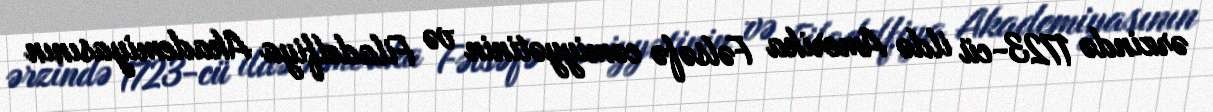
ərzində 1723-cü ildə Amerika Fəlsəfə cəmiyyətinin və Filadelfiya Akademiyasının